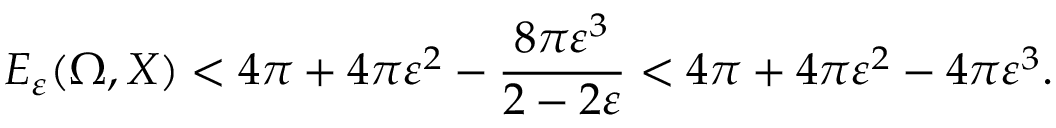
E _ { \varepsilon } ( \Omega , X ) < 4 \pi + 4 \pi \varepsilon ^ { 2 } - \frac { 8 \pi \varepsilon ^ { 3 } } { 2 - 2 \varepsilon } < 4 \pi + 4 \pi \varepsilon ^ { 2 } - 4 \pi \varepsilon ^ { 3 } .